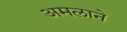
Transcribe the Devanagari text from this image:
अमलाने